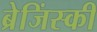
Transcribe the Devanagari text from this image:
ब्रेजिंस्की